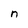
Character: n